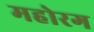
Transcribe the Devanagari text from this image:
महोरग